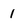
Character: 1